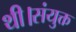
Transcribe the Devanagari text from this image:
थी।संयुक्त